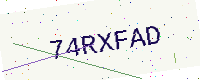
Text: 74RXFAD